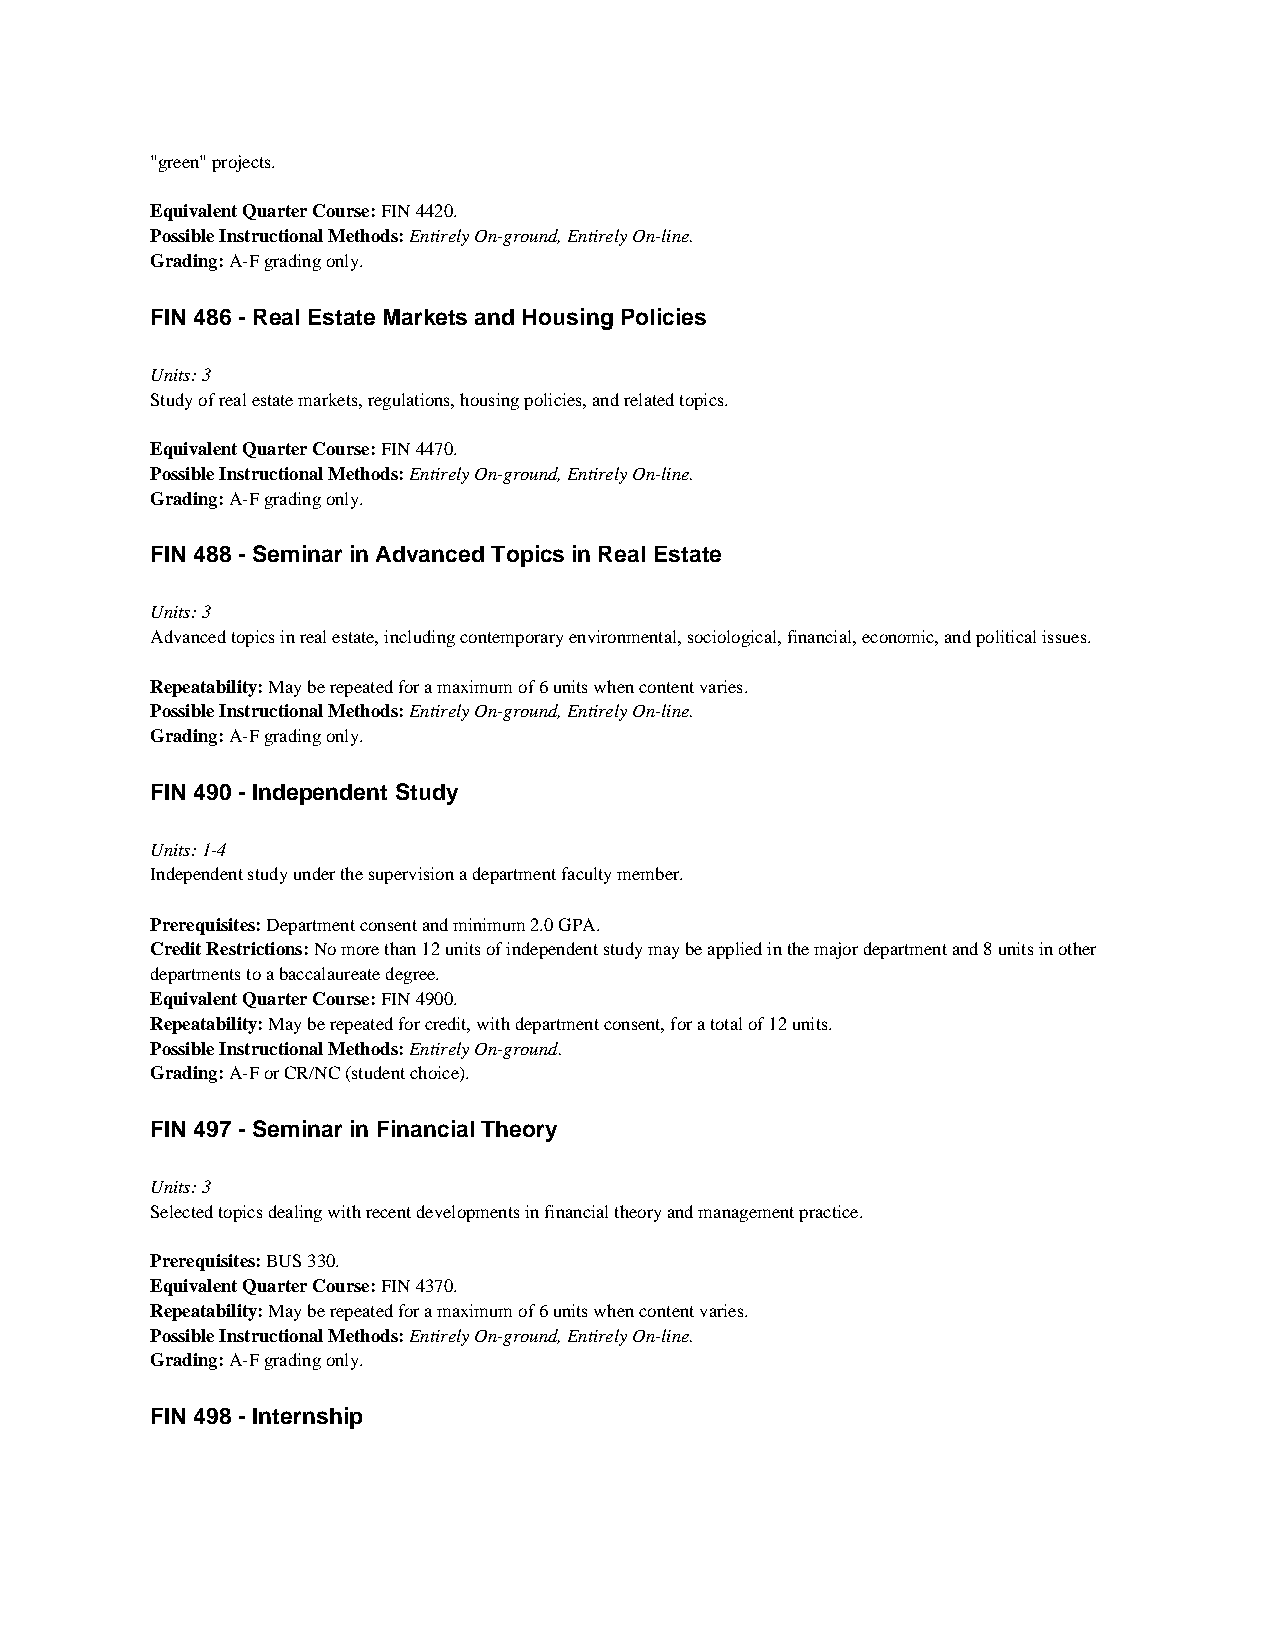
"green" projects.
 Equivalent Quarter Course: FIN 4420.
 Possible Instructional Methods: Entirely On-ground, Entirely On-line.
 Grading: A-F grading only.
 FIN 486 - Real Estate Markets and Housing Policies
 Units: 3
 Study of real estate markets, regulations, housing policies, and related topics.
 Equivalent Quarter Course: FIN 4470.
 Possible Instructional Methods: Entirely On-ground, Entirely On-line.
 Grading: A-F grading only.
 FIN 488 - Seminar in Advanced Topics in Real Estate
 Units: 3
 Advanced topics in real estate, including contemporary environmental, sociological, financial, economic, and political issues.
 Repeatability: May be repeated for a maximum of 6 units when content varies.
 Possible Instructional Methods: Entirely On-ground, Entirely On-line.
 Grading: A-F grading only.
 FIN 490 - Independent Study
 Units: 1-4
 Independent study under the supervision a department faculty member.
 Prerequisites: Department consent and minimum 2.0 GPA.
 Credit Restrictions: No more than 12 units of independent study may be applied in the major department and 8 units in other
 departments to a baccalaureate degree.
 Equivalent Quarter Course: FIN 4900.
 Repeatability: May be repeated for credit, with department consent, for a total of 12 units.
 Possible Instructional Methods: Entirely On-ground.
 Grading: A-F or CR/NC (student choice).
 FIN 497 - Seminar in Financial Theory
 Units: 3
 Selected topics dealing with recent developments in financial theory and management practice.
 Prerequisites: BUS 330.
 Equivalent Quarter Course: FIN 4370.
 Repeatability: May be repeated for a maximum of 6 units when content varies.
 Possible Instructional Methods: Entirely On-ground, Entirely On-line.
 Grading: A-F grading only.
 FIN 498 - Internship